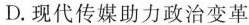
D.现代传媒助力政治变革